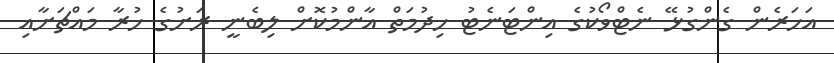
އަހަރެން ގެންގުޅޭ ނެޓްވޯކުގެ އިންޓަނެޓު ހިދުމަތް އާންމުކޮށް ލިބެނީ ރަށުގެ ހުރާ މައްޗަށާއި